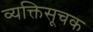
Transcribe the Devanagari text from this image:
व्यक्तिसूचक